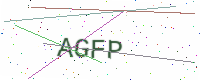
Text: AGFP